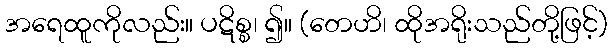
အရေထူကိုလည်း။ ပဋိစ္စ၊ ၍။ (တေဟိ၊ ထိုအရိုးသည်တို့ဖြင့်)